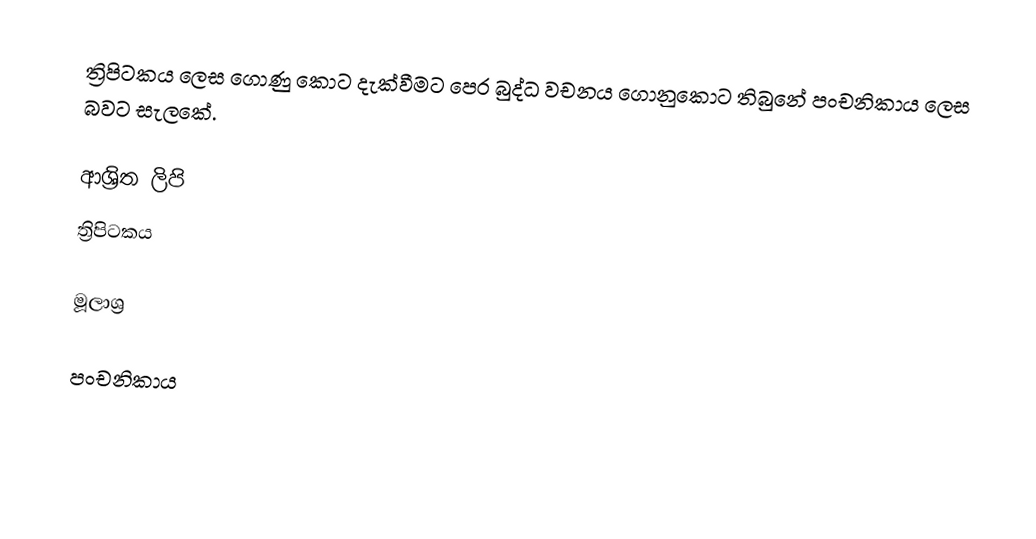
ත්‍රිපිටකය ලෙස ගොණු කොට දැක්වීමට පෙර බුද්ධ වචනය ගොනුකොට තිබුනේ පංචනිකාය ලෙස බවට සැලකේ.

ආශ්‍රිත ලිපි
 ත්‍රිපිටකය

මූලාශ්‍ර

පංචනිකාය